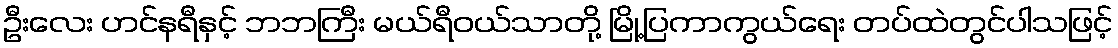
ဦးလေး ဟင်နရီနှင့် ဘဘကြီး မယ်ရီဝယ်သာတို့ မြို့ပြကာကွယ်ရေး တပ်ထဲတွင်ပါသဖြင့်